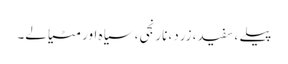
پیلے ، سفید، زرد، نارنجی، سیاہ اور مٹیالے۔